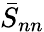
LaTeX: \bar{S}_{nn}